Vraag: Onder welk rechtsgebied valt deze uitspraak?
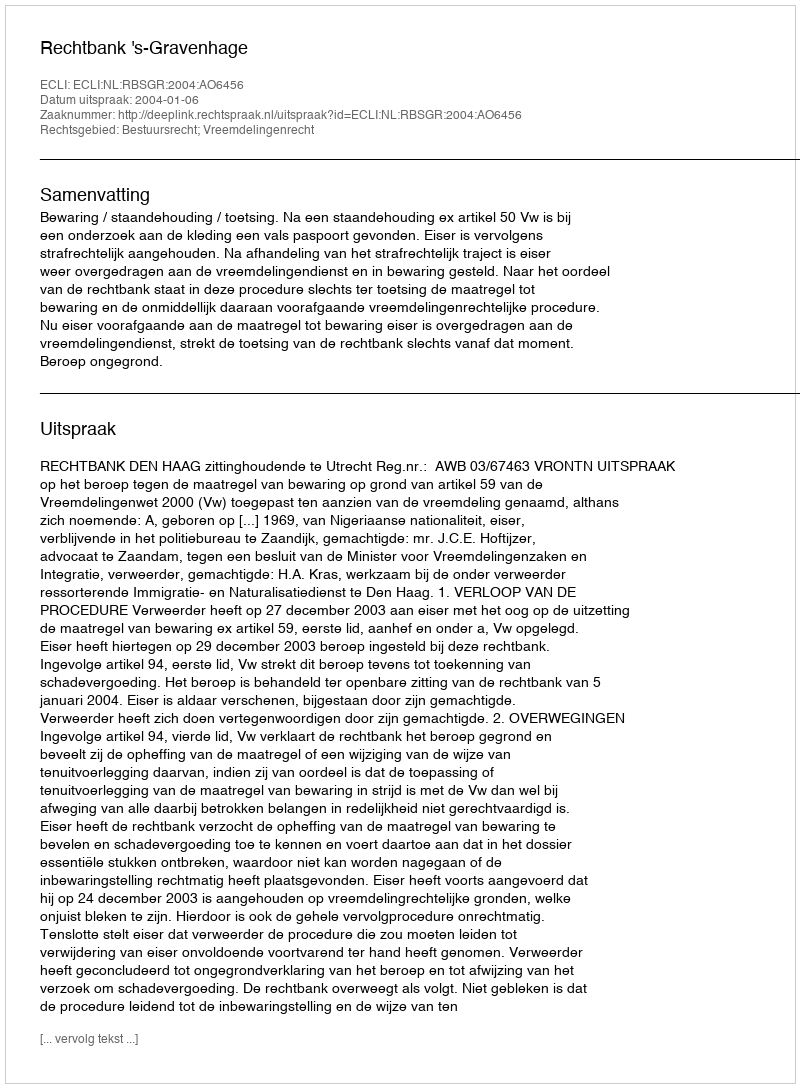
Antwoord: Bestuursrecht; Vreemdelingenrecht